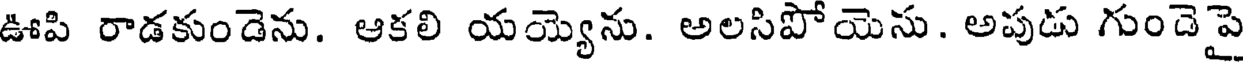
ఊపి రాడకుండెను. ఆకలి యయ్యెను. అలసిపోయెసు. అపుడు గుందెపై